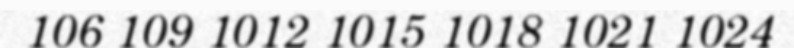
106 109 1012 1015 1018 1021 1024